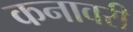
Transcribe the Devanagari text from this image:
कनावरी